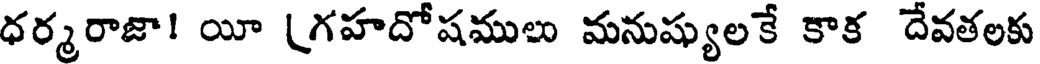
ధర్మరాజా! యీ (గహదోషములు మనుష్యులకే కాక దేవతలకు